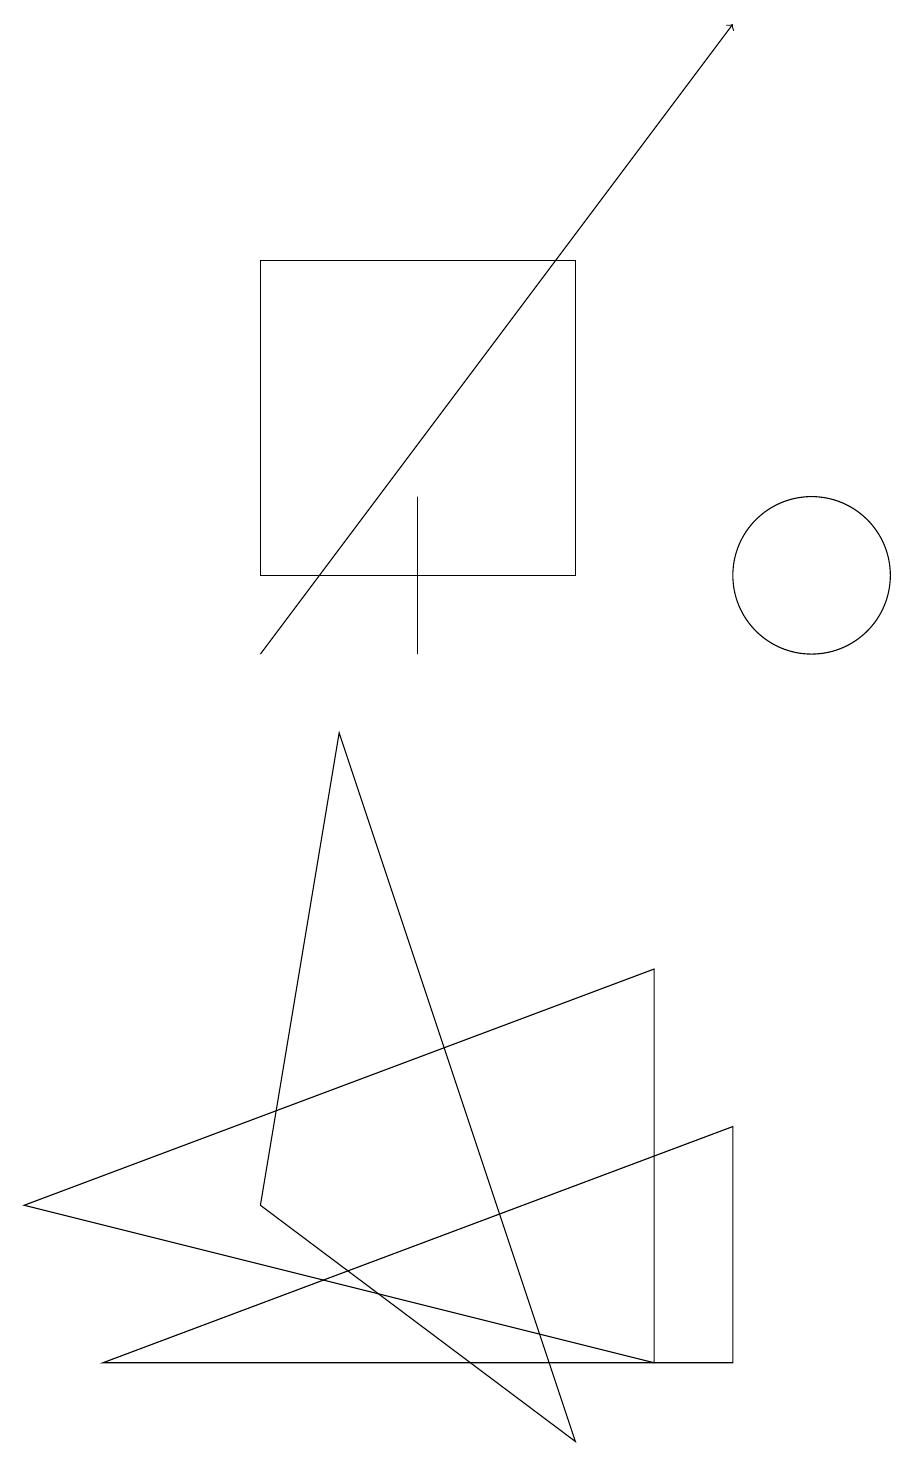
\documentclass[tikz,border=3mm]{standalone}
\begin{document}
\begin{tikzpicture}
\draw (0,3) -- (8,6) -- (8,1) -- cycle;
\draw (1,1) -- (9,1) -- (9,4) -- cycle;
\draw (7,15) rectangle (3,11);
\draw (7,0) -- (3,3) -- (4,9) -- cycle;
\draw[->] (3,10) -- (9,18);
\draw (10,11) circle (1);
\draw (5,10) rectangle (5,12);
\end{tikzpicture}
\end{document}